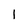
Character: l